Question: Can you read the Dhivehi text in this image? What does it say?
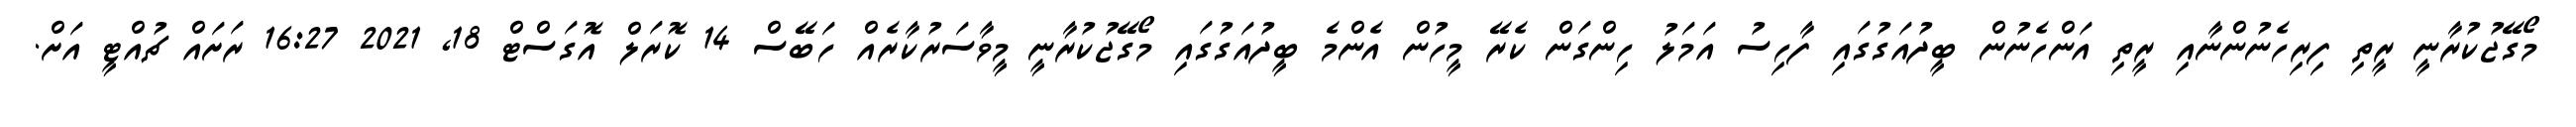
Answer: މޯގޭޖުކުރާނީ ރީތި ފިރިހެނުންނާއި ރީތި އަންހެނުން ބީދުއަގުގައި ފާހިސު އަމަލު ހިންގަން ކެރޭ މީހުން އެންމެ ބީދުއަގުގައި މޯގޭޖުކުރާނީ މީވާސަރުކާރެއް ހަބޭސް 14 ކޮރަލް އޮގަސްޓް 18, 2021 16:27 ރަށައް ޗުއްޓީ އަށް.